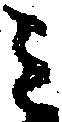
ミ